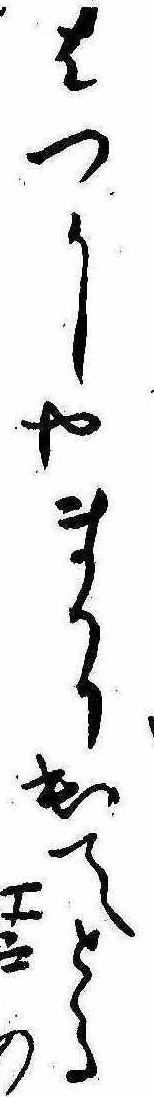
はつかしやまかり出てとる江戸の